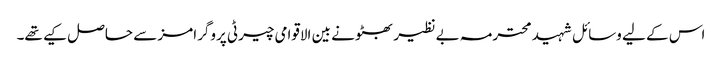
اس کے لیے وسائل شہید محترمہ بے نظیر بھٹو نے بین الاقوامی چیرٹی پروگرامز سے حاصل کیے تھے۔